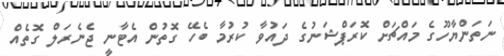
ނަތަންޔާހޫގެ މައްޗަށް ކޮރަޕްޝަނުގެ ދައުވާ ކުރުމާ ބެހޭ ގޮތުން އެޓާނީ ޖެނެރަލް ގޮތެއް